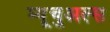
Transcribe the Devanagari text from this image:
म्यूचुअल्स